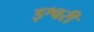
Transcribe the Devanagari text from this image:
इश्वरी